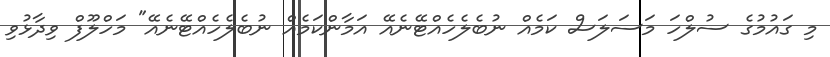
މި ގައުމުގެ ސުލްހަ މަސަލަސް ކަމެއް ނުބެލެހެއްޓޭނެއޭ އަމާންކަމެއް ނުބެލެހެއްޓޭނެއޭ" މަހްލޫފް ވިދާޅުވި